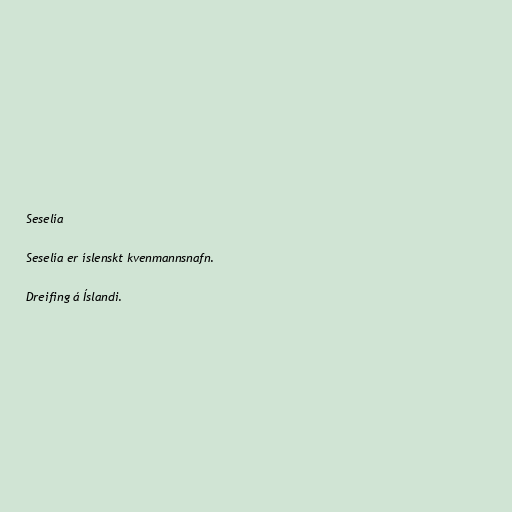
Seselía

Seselía er íslenskt kvenmannsnafn.

Dreifing á Íslandi.